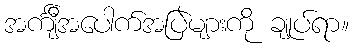
အင်္ကျီအပေါက်အပြဲများကို ချုပ်ရာ။